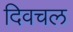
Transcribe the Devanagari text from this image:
दिवचल